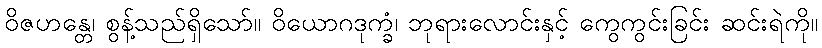
ဝိဇဟန္တေ၊ စွန့်သည်ရှိသော်။ ဝိယောဂဒုက္ခံ၊ ဘုရားလောင်းနှင့် ကွေကွင်းခြင်း ဆင်းရဲကို။